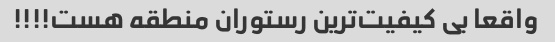
واقعا بی کیفیت‌ترین رستوران منطقه هست!!!!